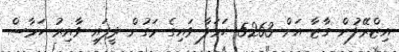
އިޒްރޭލުން ގާޒާ އަށް 5263 ހަމަލާ ވައިގެ މަގުން ދީފައި ވާއިރު ހަމާސް